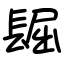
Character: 镼